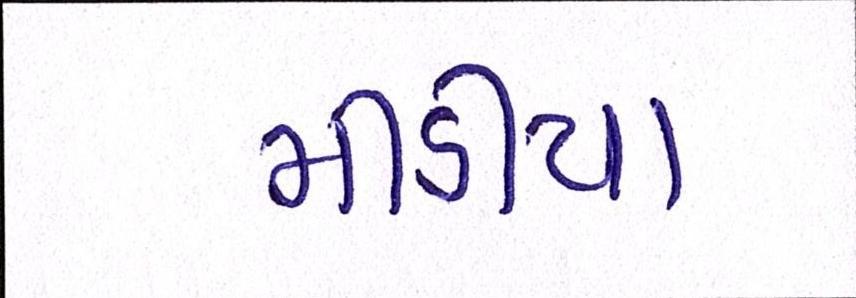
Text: મીડીયા